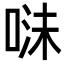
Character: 𭈣